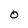
Character: O